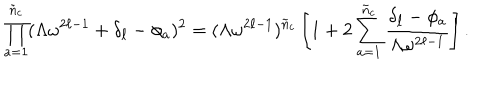
\prod _ { a = 1 } ^ { \tilde { n } _ { c } } ( \Lambda \omega ^ { 2 \ell - 1 } + \delta _ { \ell } - \phi _ { a } ) ^ { 2 } = ( \Lambda \omega ^ { 2 \ell - 1 } ) ^ { \tilde { n } _ { c } } \left[ 1 + 2 \sum _ { a = 1 } ^ { \tilde { n } _ { c } } \frac { \delta _ { \ell } - \phi _ { a } } { \Lambda \omega ^ { 2 \ell - 1 } } \right] .